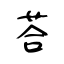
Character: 荅